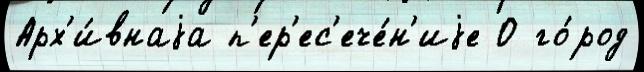
Арх'и́внаjа п'ер'ес'ече́н'иjе О го́род